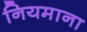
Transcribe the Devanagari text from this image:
नियमाना